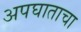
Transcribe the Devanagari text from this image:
अपघाताचा